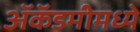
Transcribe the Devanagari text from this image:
ॲकॅडमीमध्ये